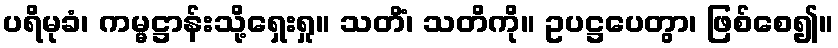
ပရိမုခံ၊ ကမ္မဋ္ဌာန်းသို့ရှေးရှု။ သတိံ၊ သတိကို။ ဥပဋ္ဌပေတွာ၊ ဖြစ်စေ၍။